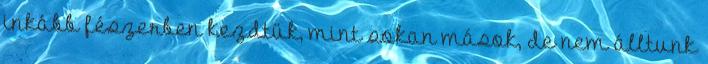
inkább fészerben kezdtük, mint sokan mások, de nem álltunk